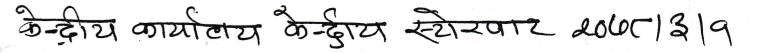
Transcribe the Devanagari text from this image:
केन्द्रीय कार्यालय केन्द्रीय स्टोरबाट 2010/3/9